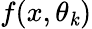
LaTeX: f(x,\theta_{\mathit{k}})